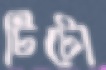
টিটো